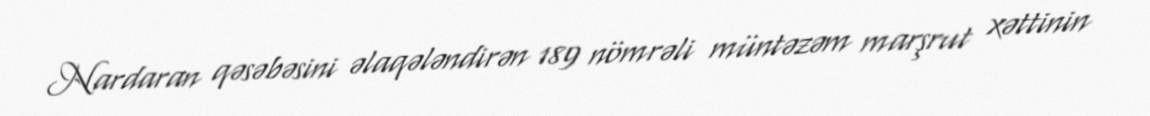
Nardaran qəsəbəsini əlaqələndirən 189 nömrəli müntəzəm marşrut xəttinin